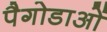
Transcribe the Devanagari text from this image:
पैगोडाओं